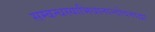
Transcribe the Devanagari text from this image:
सम्बन्धस्याभिधानान्तोदनाद्वा